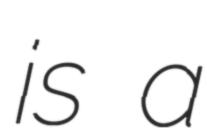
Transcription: is a